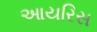
આયરિસ